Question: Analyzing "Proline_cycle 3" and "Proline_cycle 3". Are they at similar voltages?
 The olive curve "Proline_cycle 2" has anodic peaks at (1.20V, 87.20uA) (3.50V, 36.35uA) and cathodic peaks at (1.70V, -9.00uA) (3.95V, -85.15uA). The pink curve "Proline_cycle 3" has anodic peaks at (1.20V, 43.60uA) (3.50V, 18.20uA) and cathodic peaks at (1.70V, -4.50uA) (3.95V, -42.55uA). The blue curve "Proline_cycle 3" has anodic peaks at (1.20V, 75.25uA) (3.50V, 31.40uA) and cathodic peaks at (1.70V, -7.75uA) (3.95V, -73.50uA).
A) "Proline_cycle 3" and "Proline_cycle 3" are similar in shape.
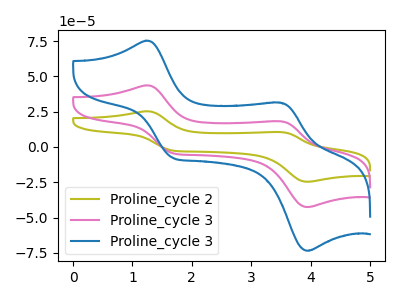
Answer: <think>All the peaks in "Proline_cycle 3" have a peak in "Proline_cycle 3" at the same potential. Every peak in "Proline_cycle 3" is higher than every peak in "Proline_cycle 3".
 </think>
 <answer>A) "Proline_cycle 3" and "Proline_cycle 3" are similar in shape.</answer>
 <eval>A</eval>